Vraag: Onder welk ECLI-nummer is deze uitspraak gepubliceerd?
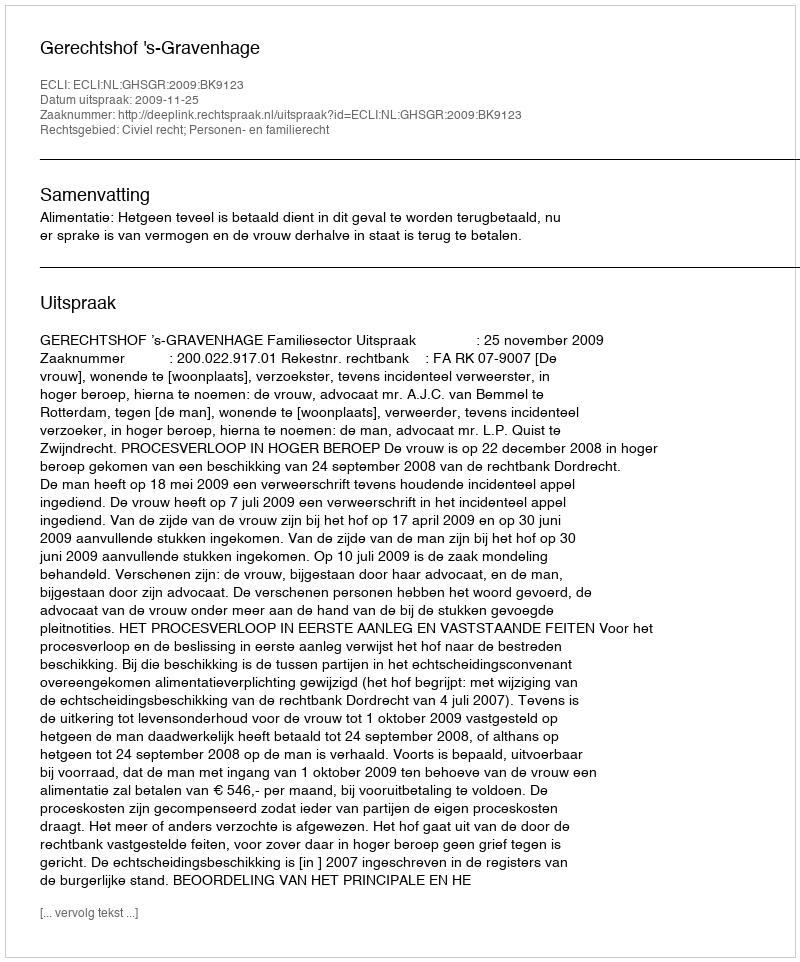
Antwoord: ECLI:NL:GHSGR:2009:BK9123